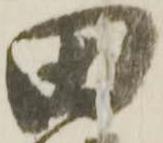
田